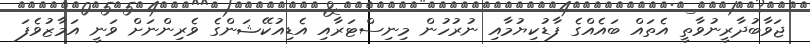
ޖަވާބުދާރީނުވާތީ އެތައް ބައެއްގެ ފާޑުކިޔުމާއި ނުރުހުން މިނިސްޓަރާއި އެޑިއުކޭޝަންގެ ވެރިންނަށް ވަނީ އަމާޒުވެފަ